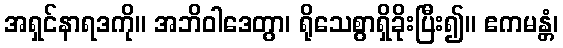
အရှင်နာရဒကို။ အဘိဝါဒေတွာ၊ ရိုသေစွာရှိခိုးပြီး၍။ ဧကမန္တံ၊